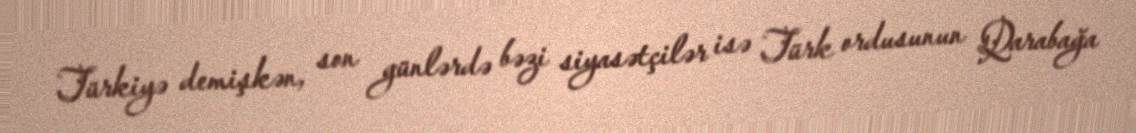
Türkiyə demişkən, son günlərdə bəzi siyasətçilər isə Türk ordusunun Qarabağa